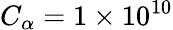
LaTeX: C_{\alpha}=1\times 10^{10}